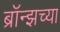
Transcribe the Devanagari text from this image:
ब्रॉन्झच्या